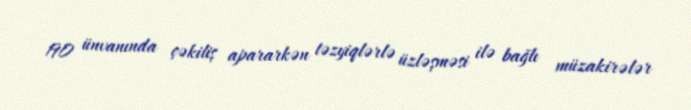
190 ünvanında çəkiliş apararkən təzyiqlərlə üzləşməsi ilə bağlı müzakirələr